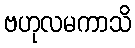
ဗဟုလမကာသိ